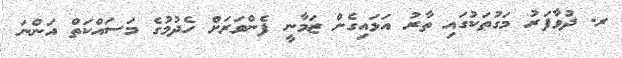
ރ. ދުވާފަރު މަގުތަކުގައި ތާރު އަޅައިގެން ޒަމާނީ ފެންވަރަށް ހެދުމުގެ މަސައްކަތް އަންނަ